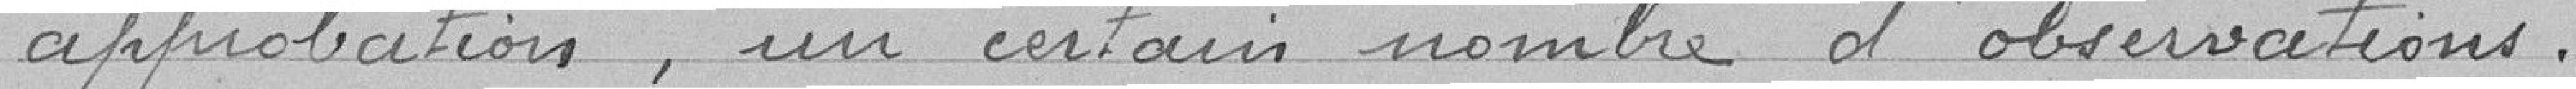
approbation , un certain nombre d'observations.